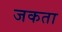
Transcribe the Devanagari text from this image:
जकता